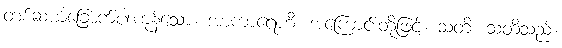
တစ်ဆယ့်ခြောက်ပါးကုန်သော။ အာကာရေဟိ၊ အကြောင်းတို့ဖြင့်။ သတိ၊ သတိသည်။